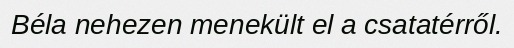
Béla nehezen menekült el a csatatérről.